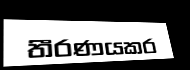
තීරණයකර